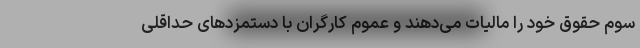
سوم حقوق خود را مالیات می‌دهند و عموم کارگران با دستمزدهای حداقلی